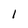
Character: I